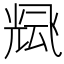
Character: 𲋓